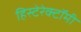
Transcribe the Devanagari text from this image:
हिस्टेरेक्टॉमी